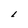
Character: L